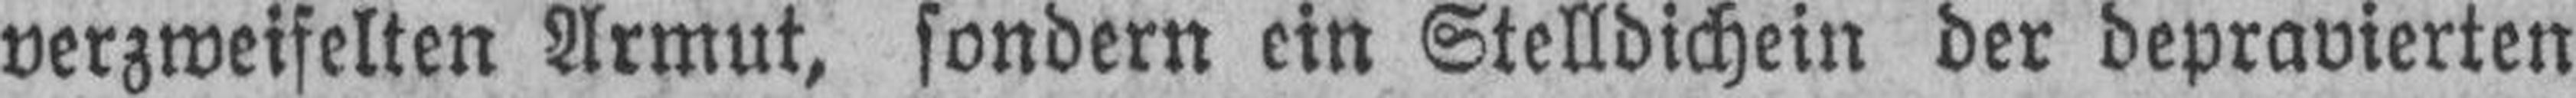
verzweifelten Armut, sondern ein Stelldichein der depravierten